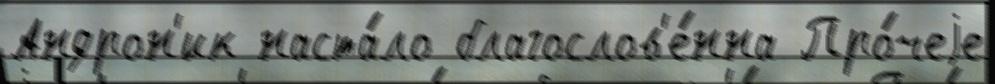
Андрон'ик наста́ло благослов'е́нна Про́чеjе